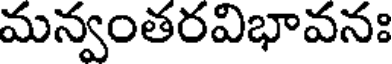
మన్వంతరవిభావనః